Sanitation, dispensaries and jails vaccination Rajputana 1922-1927 - 1922-1927
Year: 1922
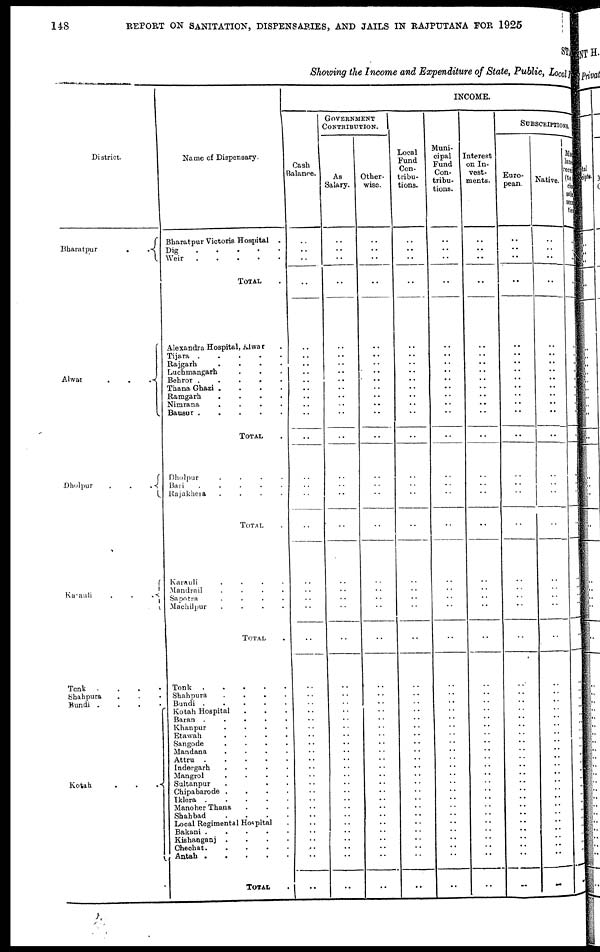
148
REPORT ON SANITATION, DISPENSARIES, AND JAILS IN RAJPUTANA FOR 1925
STATE
Showing the Income and Expenditure of State, Public, Local Fun
District.
Bharatpur
.
.
Alwar
.
.
.
Dholpur
.
.
.
Karauli
.
.
.
Tonk .
.
.
.
Shahpura . . .
Bundi . . . .
Kotah
.
.
.
Name of Dispensary.
Bharatpur Victoria Hospital .
Dig
Weir
TOTAL .
Alexandra Hospital, Alwar .
Tijara .
.
.
.
.
Rajgarh
.
.
.
.
Luchmangarh . . .
Behror
.
.
.
.
Thana Ghazi .
.
.
.
Ramgarh
.
.
.
.
Nimrana
.
.
.
.
Bausur
TOTAL .
Dholpur
.
.
.
.
Bari
Rajakhera
.
.
.
.
TOTAL .
Karauli
.
.
.
.
Mandrail
.
.
.
.
Sapotra
.
.
.
.
Machilpur
.
.
.
.
TOTAL .
Tonk
Shahpura
.
.
.
.
Bundi .
.
.
.
.
Kotah Hospital . . .
Baran .
.
.
.
.
Khanpur
.
.
.
.
Etawah
.
.
.
.
Sangode
.
.
.
.
Mandana
.
.
.
.
Attru .
.
.
.
.
Indergarh
.
.
.
.
Mangrol
.
.
.
.
Sultanpur . . . .
Chipabarode .
.
.
.
Iklera .
.
.
.
.
Manoher Thana . . .
Shahbad
.
.
.
.
Local Regimental Hospital .
Bakani .
.
.
.
.
Kishanganj .
.
.
.
Chechat
.
.
.
.
.
Antah
.
.
.
.
.
TOTAL .
INCOME.
Cash
Balance.
..
..
..
..
..
..
..
..
..
..
..
..
..
..
..
..
..
..
..
..
..
..
..
..
..
..
..
..
..
..
..
..
..
..
..
..
..
..
..
..
..
..
..
..
..
..
GOVERNMENT
CONTRIBUTION.
As
Salary.
..
..
..
..
..
..
..
..
..
..
..
..
..
..
..
..
..
..
..
..
..
..
..
..
..
..
..
..
..
..
..
..
..
..
..
..
..
..
..
..
..
..
..
..
..
..
Other-
wise.
..
..
..
..
..
..
..
..
..
..
..
..
..
..
..
..
..
..
..
..
..
..
..
..
..
..
..
..
..
..
..
..
..
..
..
..
..
..
..
..
..
..
..
..
..
..
Local
Fund
Con-
tribu-
tions.
..
..
..
..
..
..
..
..
..
..
..
..
..
..
..
..
..
..
..
..
..
..
..
..
..
..
..
..
..
..
..
..
..
..
..
..
..
..
..
..
..
..
..
..
..
..
Muni-
cipal
Fund
Con-
tribu-
tions.
..
..
..
..
..
..
..
..
..
..
..
..
..
..
..
..
..
..
..
..
..
..
..
..
..
..
..
..
..
..
..
..
..
..
..
..
..
..
..
..
..
..
..
..
..
..
Interest
on In-
vest-
ments.
..
..
..
..
..
..
..
..
..
..
..
..
..
..
..
..
..
..
..
..
..
..
..
..
..
..
..
..
..
..
..
..
..
..
..
..
..
..
..
..
..
..
..
..
..
..
SUBSCRIPTIONS.
Euro-
pean.
..
..
..
..
..
..
..
..
..
..
..
..
..
..
..
..
..
..
..
..
..
..
..
..
..
..
..
..
..
..
..
..
..
..
..
..
..
..
..
..
..
..
..
..
..
..
Native.
..
..
..
..
..
..
..
..
..
..
..
..
..
..
..
..
..
..
..
..
..
..
..
..
..
..
..
..
..
..
..
..
..
..
..
..
..
..
..
..
..
..
..
..
..
..
Miscel-
laneous
receipt
(to in-
clude
sale of
securi-
ties.
..
..
..
..
..
..
..
..
..
..
..
..
..
..
..
..
..
..
..
..
..
..
..
..
..
..
..
..
..
..
..
..
..
..
..
..
..
..
..
..
..
..
..
..
..
..